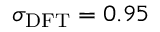
\sigma _ { \mathrm { D F T } } = 0 . 9 5